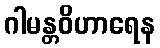
ဂါမန္တဝိဟာရေန